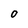
Character: O